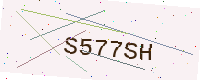
Text: S577SH